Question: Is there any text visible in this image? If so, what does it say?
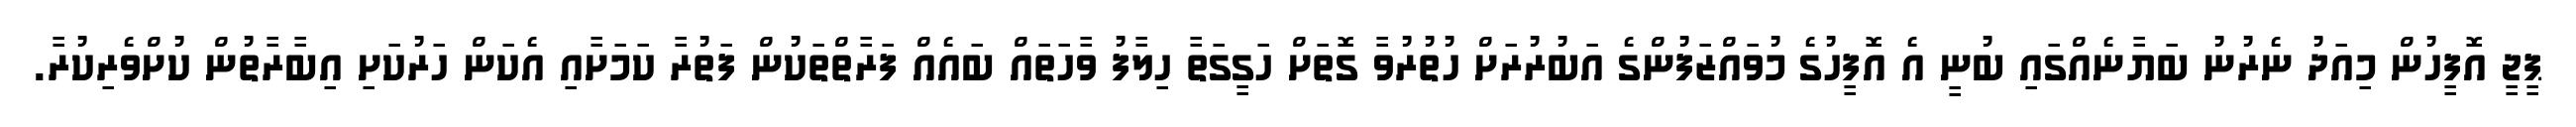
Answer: ޕީޖީ އޮފީހުން މިއަދު ނެރުނު ބަޔާނެއްގައި ބުނީ އެ އޮފީހުގެ މުވައްޒަފުންގެ އަބުރުރަށް ހުތުރުވާ ގޮތަށް ހަގީގަތާ ހިލާފު ވާހަތައް ބައެއް ފަރާތްތަކުން ފަތުރާ ކަމަށާއި އެކަން ހަރުކަށި އިބާރާތުން ކުށްވެރިކުރާ.